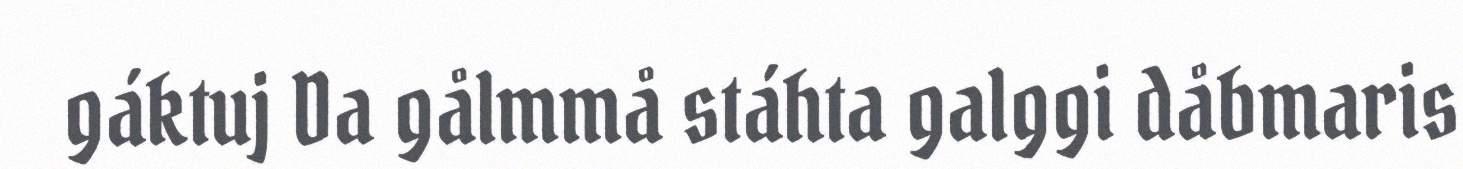
gáktuj Da gålmmå stáhta galggi dåbmaris